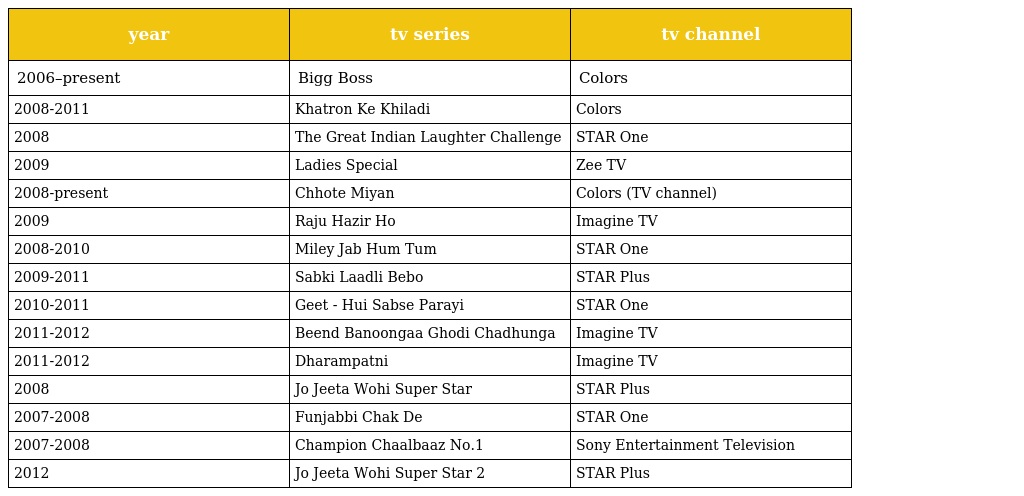
| year | tv series | tv channel |
 | --- | --- | --- |
 | 2006–present | Bigg Boss | Colors |
 | 2008-2011 | Khatron Ke Khiladi | Colors |
 | 2008 | The Great Indian Laughter Challenge | STAR One |
 | 2009 | Ladies Special | Zee TV |
 | 2008-present | Chhote Miyan | Colors (TV channel) |
 | 2009 | Raju Hazir Ho | Imagine TV |
 | 2008-2010 | Miley Jab Hum Tum | STAR One |
 | 2009-2011 | Sabki Laadli Bebo | STAR Plus |
 | 2010-2011 | Geet - Hui Sabse Parayi | STAR One |
 | 2011-2012 | Beend Banoongaa Ghodi Chadhunga | Imagine TV |
 | 2011-2012 | Dharampatni | Imagine TV |
 | 2008 | Jo Jeeta Wohi Super Star | STAR Plus |
 | 2007-2008 | Funjabbi Chak De | STAR One |
 | 2007-2008 | Champion Chaalbaaz No.1 | Sony Entertainment Television |
 | 2012 | Jo Jeeta Wohi Super Star 2 | STAR Plus |